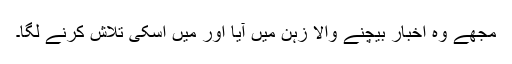
مجھے وہ اخبار بیچنے والا زہن میں آیا اور میں اسکی تلاش کرنے لگا۔